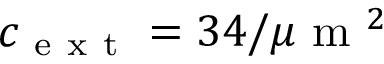
c _ { \mathrm { ~ e ~ x ~ t ~ } } = 3 4 / \mu \mathrm { ~ m ~ } ^ { 2 }